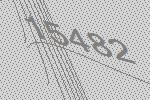
15482